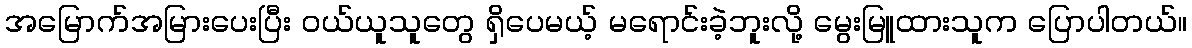
အမြောက်အမြားပေးပြီး ဝယ်ယူသူတွေ ရှိပေမယ့် မရောင်းခဲ့ဘူးလို့ မွေးမြူထားသူက ပြောပါတယ်။